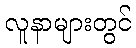
လူနာများတွင်